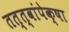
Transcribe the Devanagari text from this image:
तत्त्वांपेक्षा